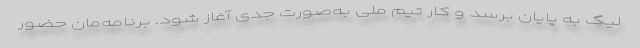
لیگ به پایان برسد و کار تیم ملی به‌صورت جدی آغاز شود. برنامه‌مان حضور